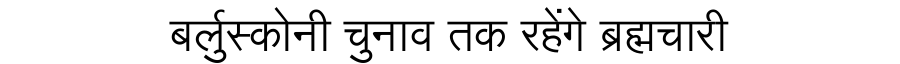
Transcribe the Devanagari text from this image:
बर्लुस्कोनी चुनाव तक रहेंगे ब्रह्मचारी